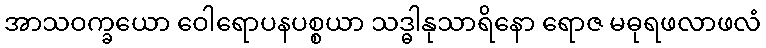
အာသဝက္ခယော ဝေါရောပနပစ္စယာ သဒ္ဓါနုသာရိနော ရောဇ မဓုရဖလာဖလံ